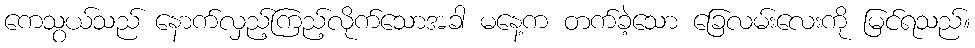
ကေသွယ်သည် နောက်လှည့်ကြည့်လိုက်သောအခါ မနေ့က တက်ခဲ့သော ခြေလမ်းလေးကို မြင်ရသည်။